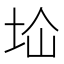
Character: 𱖙